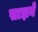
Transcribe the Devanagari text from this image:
साझने